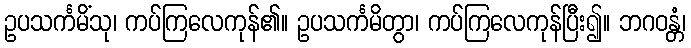
ဥပသင်္ကမိံသု၊ ကပ်ကြလေကုန်၏။ ဥပသင်္ကမိတွာ၊ ကပ်ကြလေကုန်ပြီး၍။ ဘဂဝန္တံ၊